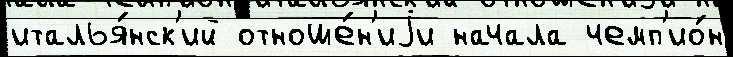
италья́нск'ий отноше́н'иjи начала чемп'ио́н